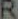
R